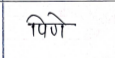
मजकूर: पिणे